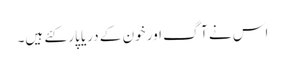
اس نے آگ اور خون کے دریا پار کئے ہیں۔